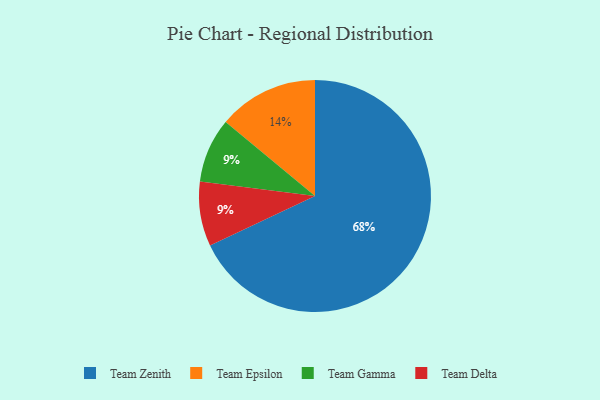
{"axis": {"x": "Category", "y": "Percentage"}, "legend": ["Team Delta", "Team Epsilon", "Team Gamma", "Team Zenith"], "data": [{"x": "Team Zenith", "y": 68, "type": "Team Zenith"}, {"x": "Team Epsilon", "y": 14, "type": "Team Epsilon"}, {"x": "Team Gamma", "y": 9, "type": "Team Gamma"}, {"x": "Team Delta", "y": 9, "type": "Team Delta"}]}